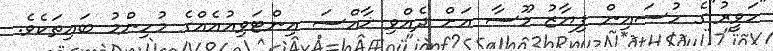
"ހަވީރު"ގެ ހުސައިން ފިޔާޒު މޫސާ އަށް ދެއްވި ޚާއްސަ އިންޓަވިއުއެއްގެ މުހިންމު ބައިތަކެވެ.